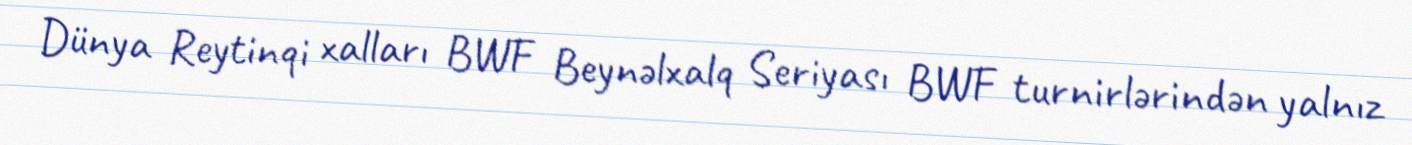
Dünya Reytinqi xalları BWF Beynəlxalq Seriyası BWF turnirlərindən yalnız